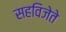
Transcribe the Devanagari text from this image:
सहविजेते